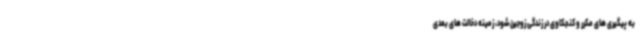
به پیگیری های مکرر و کنجکاوی در زندگی زوجین شود، زمینه دخالت های بعدی